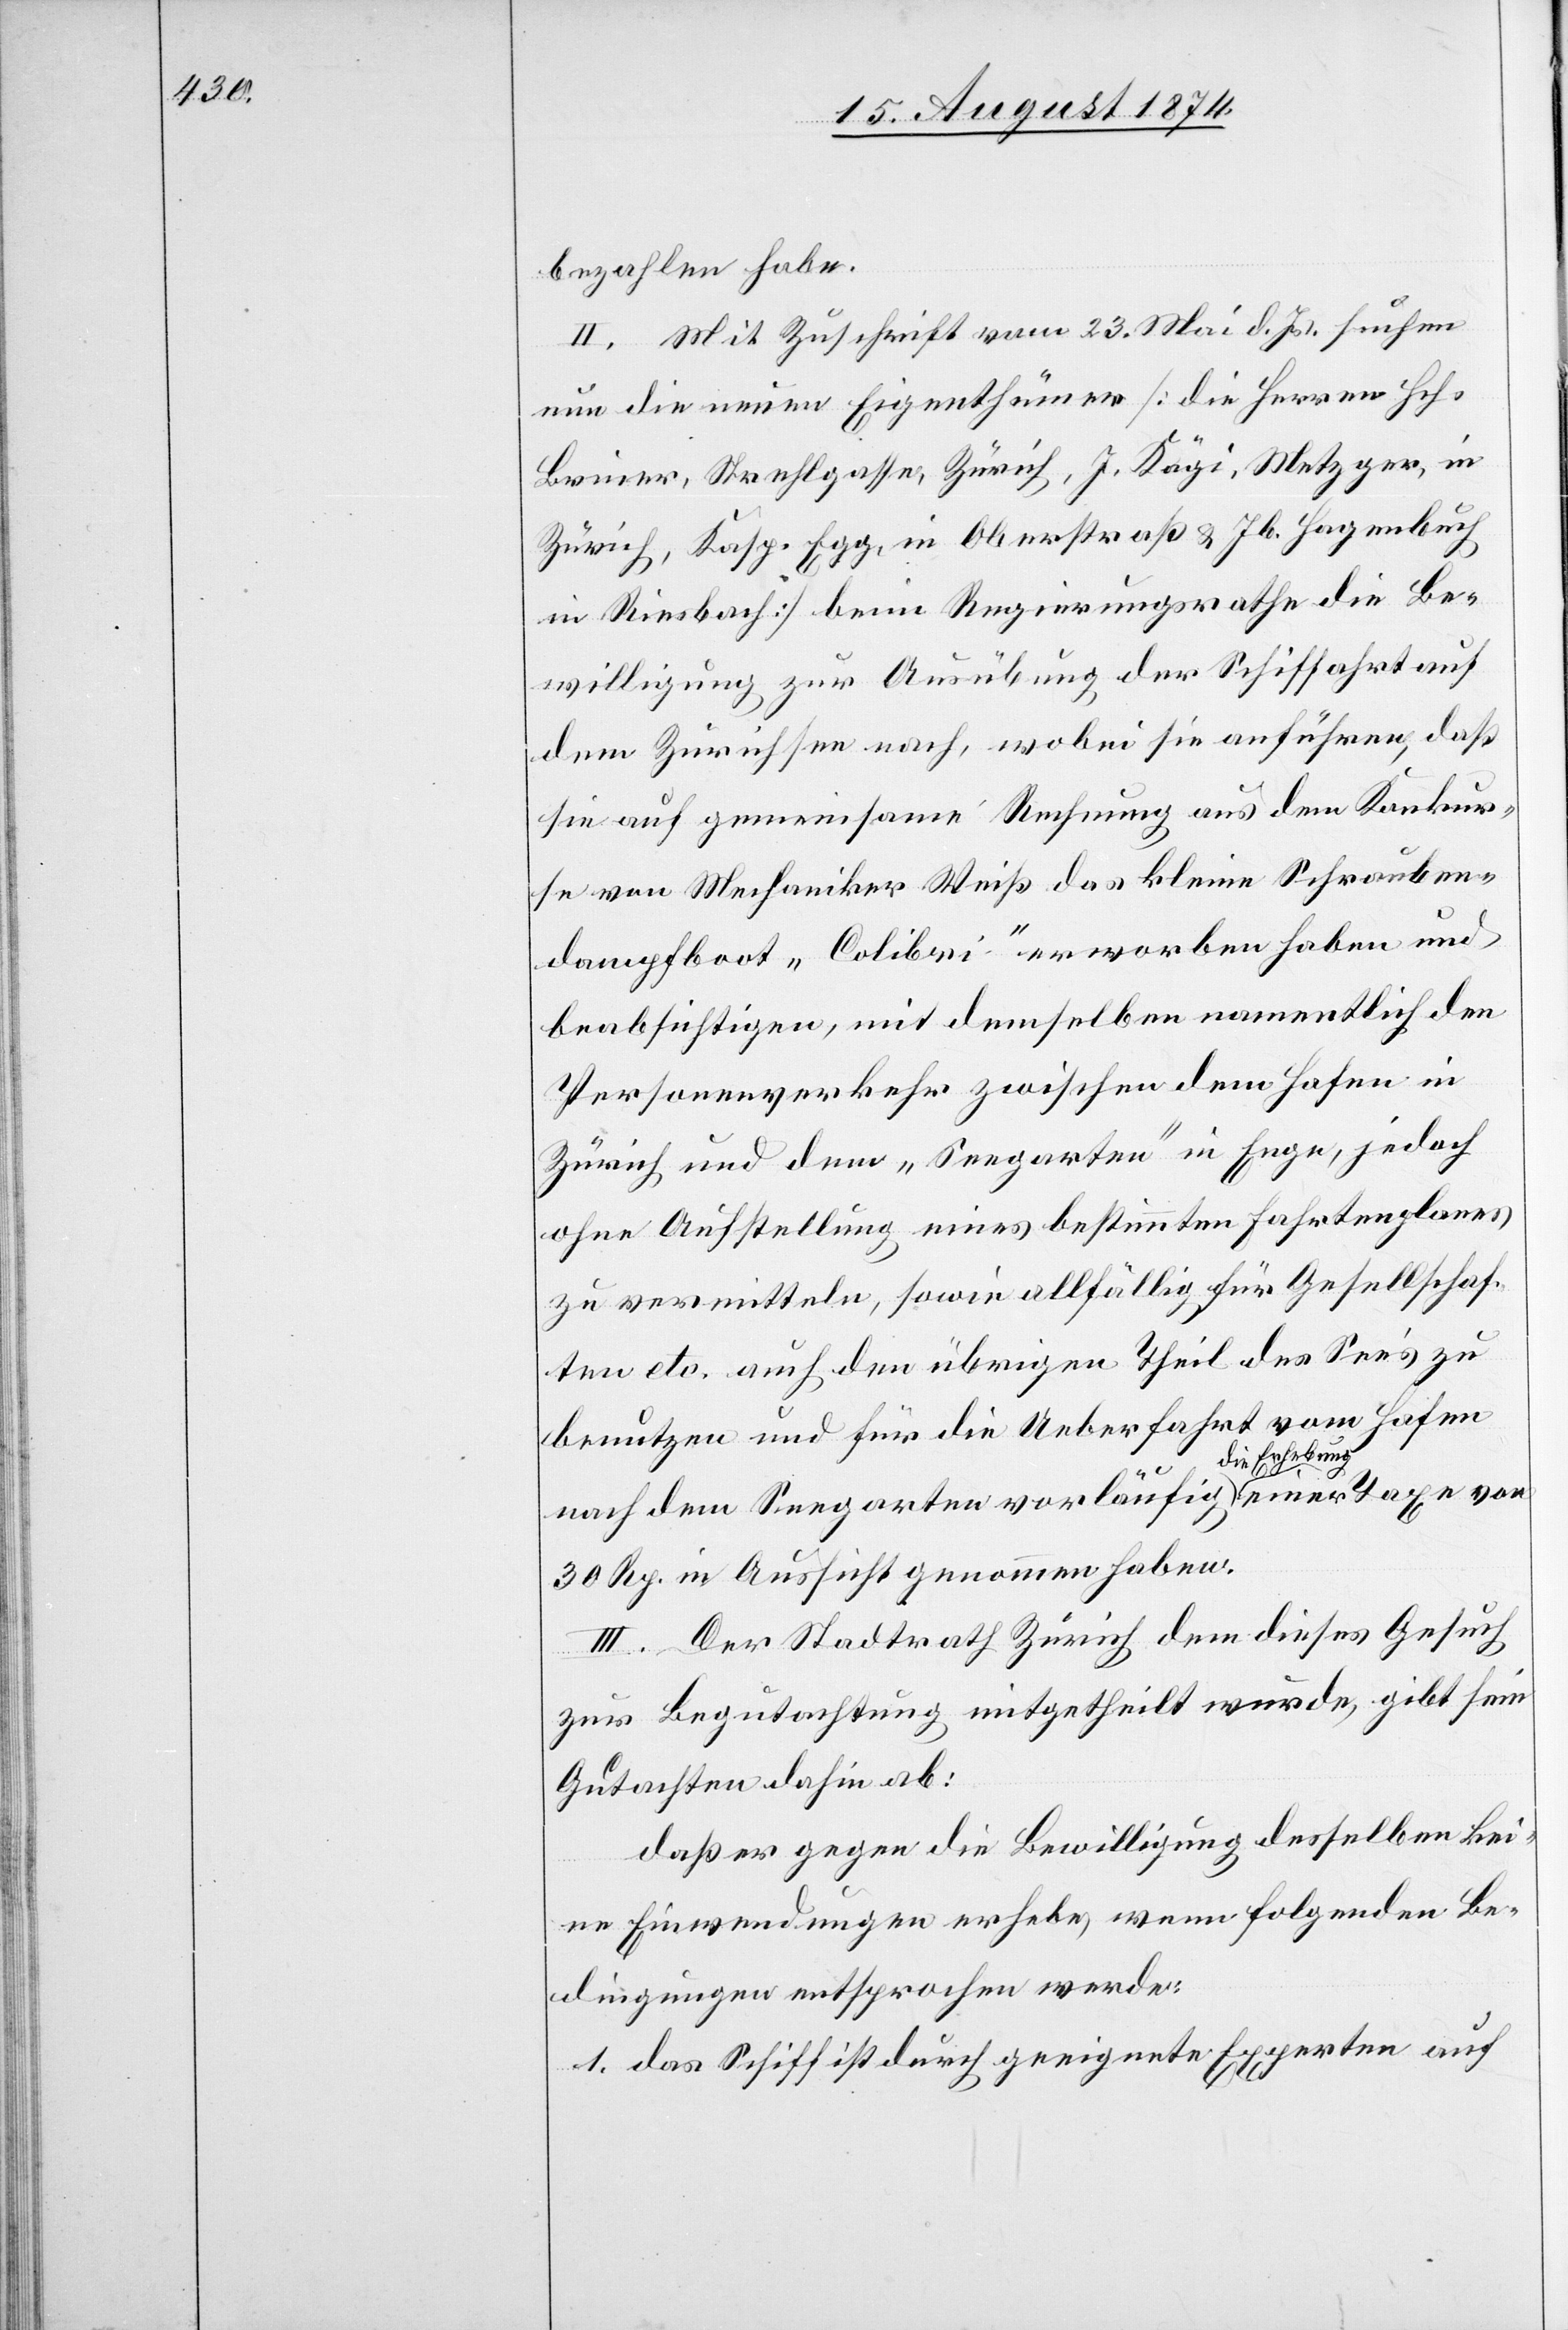
bezahlen habe.
II. Mit Zuschrift vom 23. Mai d. Js. suchen
nun die neuen Eigenthümer [die Herren Hch.
Briner, Strehlgasse, Zürich, J. Kägi, Metzger, in
Zürich, Kasp. Egg, in Oberstraß u. Jb. Hagenbuch
in Riesbach] beim Regierungsrathe die Be¬
willigung zur Ausübung der Schiffahrt auf
dem Zürichsee nach, wobei sie anführen, daß
sie auf gemeinsame Rechnung aus dem Konkur¬
se von Mechaniker Weiß das kleine Schrauben¬
dampfboot „Colibri“ erworben haben und
beabsichtigen, mit demselben namentlich den
Personenverkehr zwischen dem Hafen in
Zürich und dem „Seegarten“ in Enge, jedoch
ohne Aufstellung eines bestimmten Fahrtenplanes
zu vermitteln, sowie allfällig für Gesellschaf¬
ten etc. auch den übrigen Theil des See’s zu
benutzen und für die Ueberfahrt vom Hafen
nach dem Seegarten vorläufig die Erhebung einer Taxe von
30 Rp. in Aussicht genommen haben.
III. Der Stadtrath Zürich dem dieses Gesuch
zur Begutachtung eingetheilt wurde, gibt sein
Gutachten dahin ab:
daß er gegen die Bewilligung desselben kei¬
ne Einwendungen erhebe, wenn folgenden Be¬
dingungen entsprochen werde:
1. das Schiff durch geeignete Experten auf